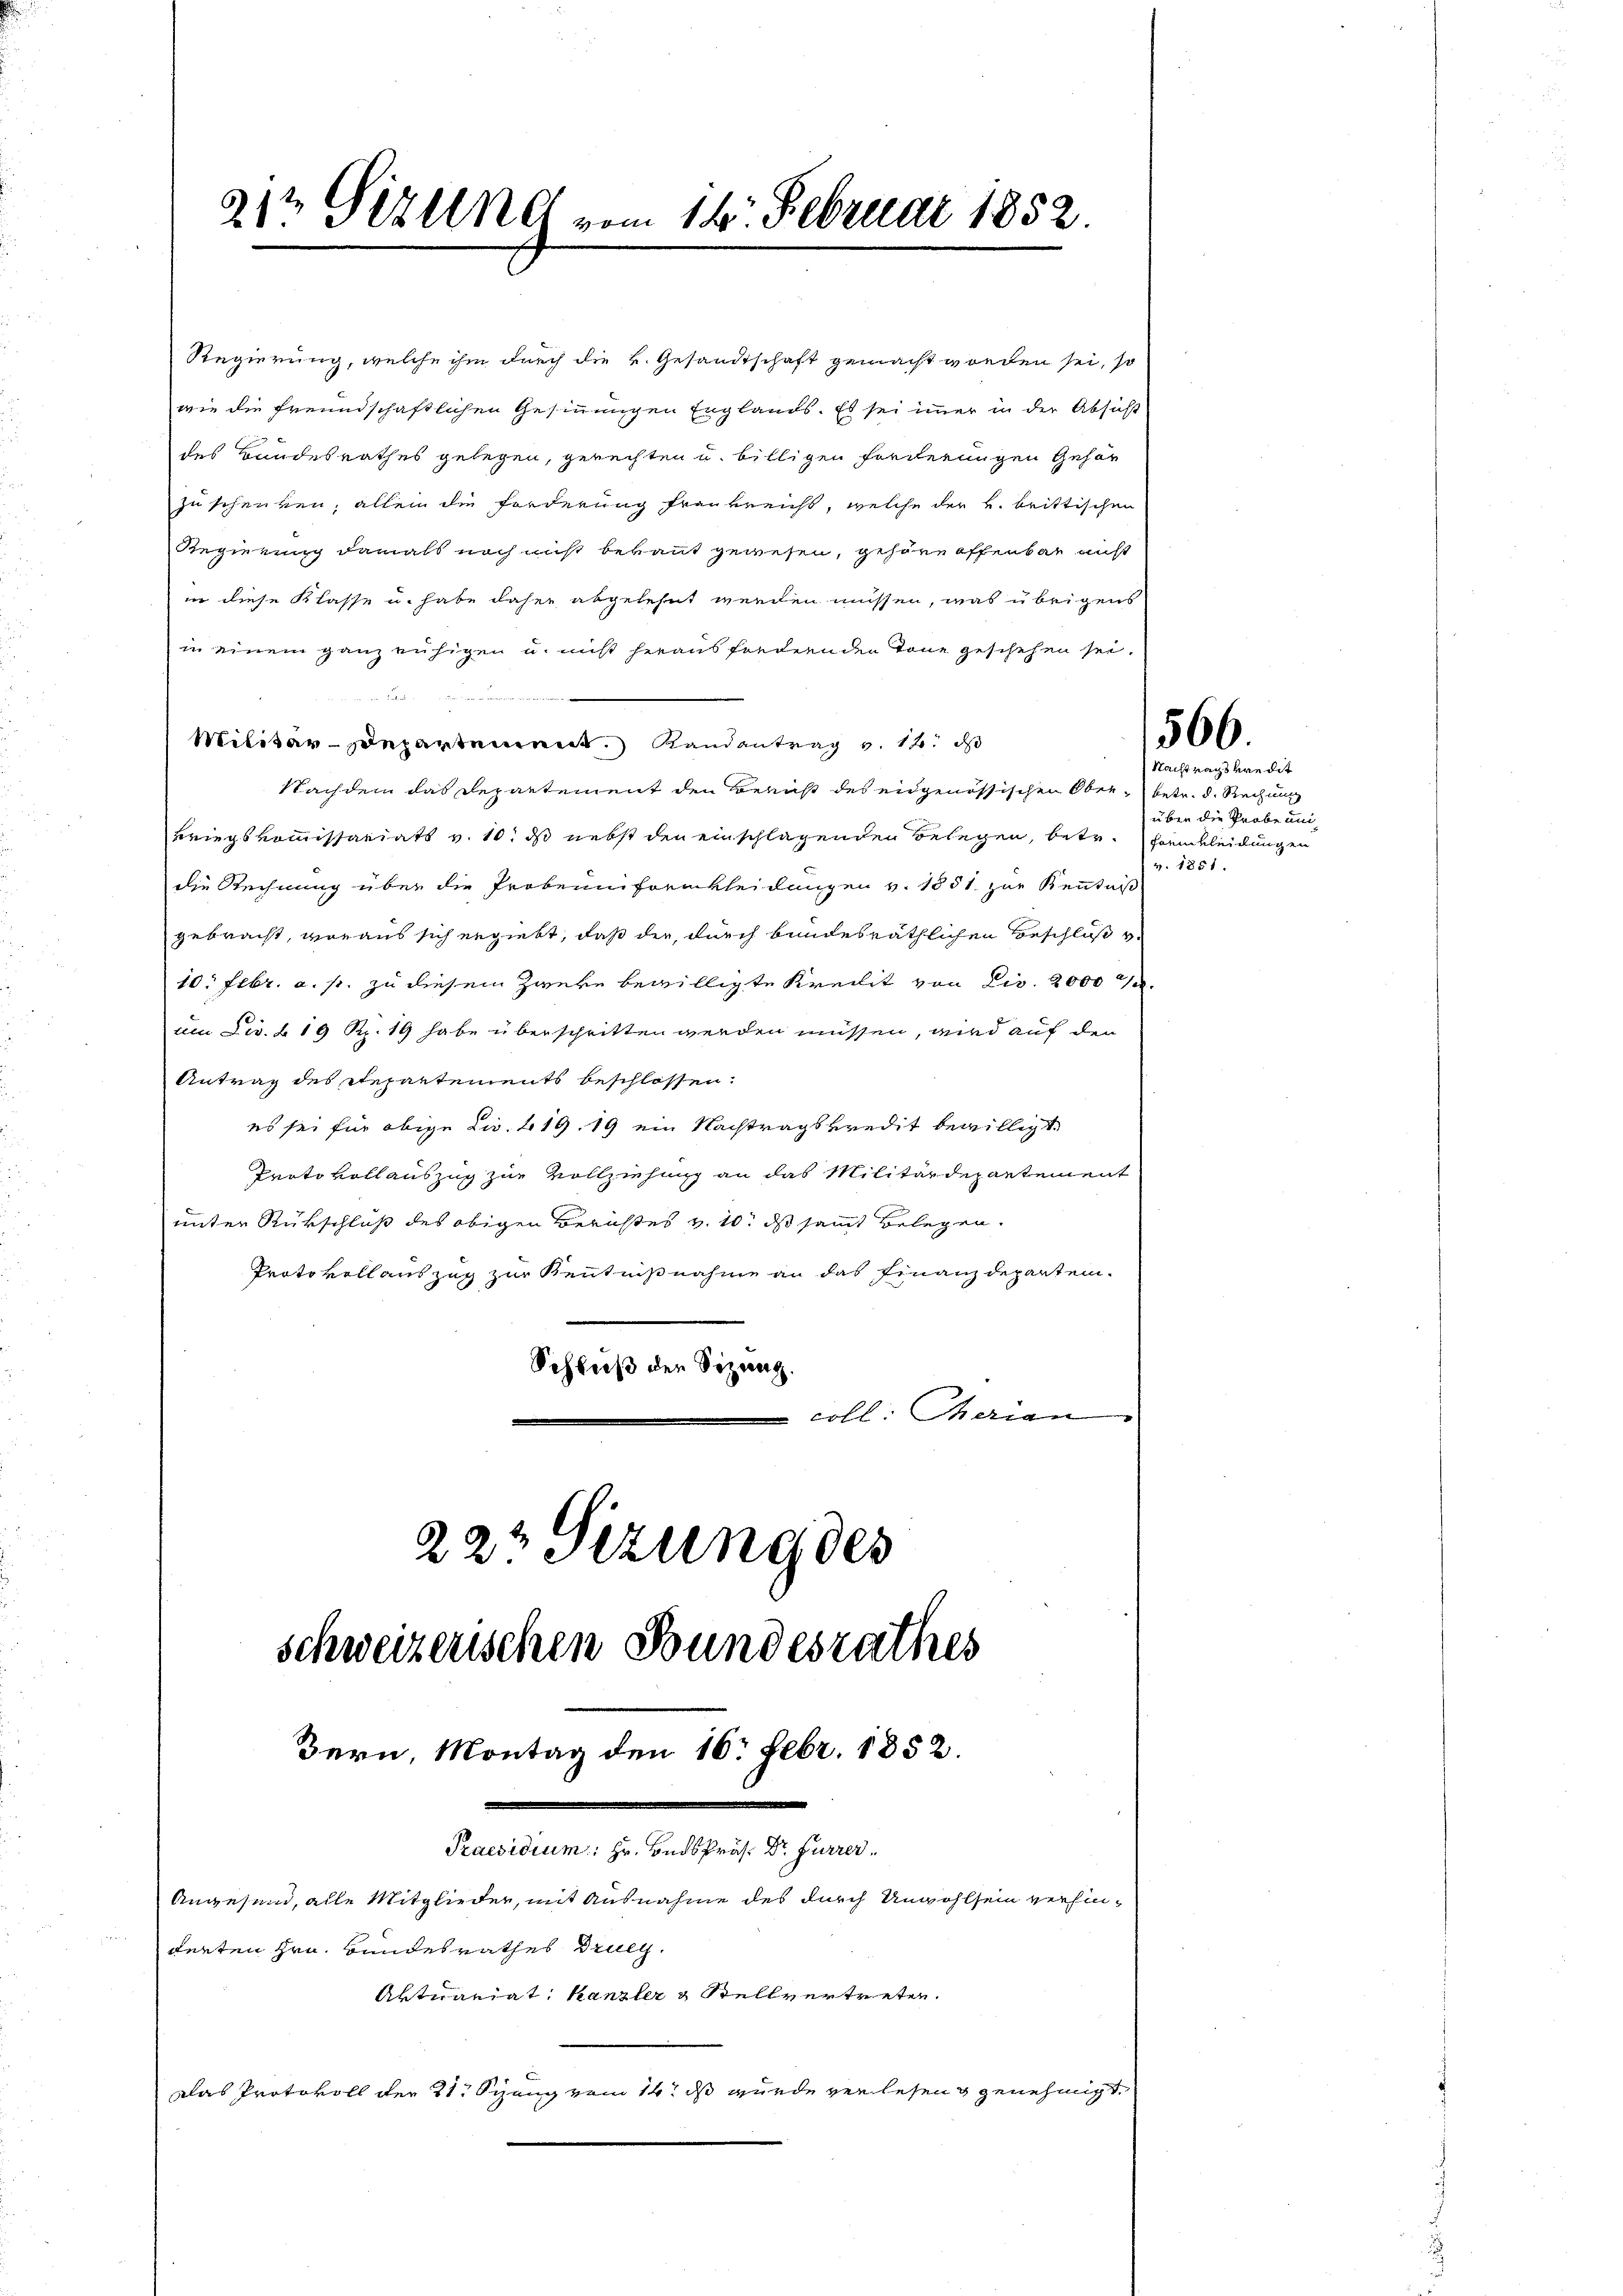
2 Pirend vom 14. Februar 1852

Regierung, welche ihm durch die k. Gesandtschaft gemacht worden sei, so
wie die freundschaftlichen Gesinnungen Englands. Es sei immer in der Absicht
des Bandesrathes gelegen, gerechten u. billigen Forderungen gehör
zu schenken, allein die Forderung frankreichs, welche der h. brittischen
Regierung damals noch nicht bebaut gewesen, gehöre offenbar nicht
in diese Klasse u. habe daher abgelehnt werden müssen, was übrigens
in einem ganz ruhigen u. nicht heraus fordernden Tone geschehen sei.
en einen
Militär-Departement Randantrag v. 12. ds
Nachdem das Departement den Bericht des eidgenössischen Ober- betr. d. Rechung
Kriegskommissariats v. 10. ds nebst den einschlagenden Belegen, betr. Horakleidungen
die Rechnung über die Probeuniformkleidungen v. 1851 zur Kenntniß
gebracht, woraus sich ergiebt, daß der, durch bundesräthlichen Beschluß v.
10. Febr. a. s. zu diesem Zweke bewilligte Kreisit von Civ. 2000
am Lis. § 19 Rp. 19 habe überschritten werden müssen, wird auf den
Antrag des Repartements beschlossen:
es sei für obige Dir. 419. 19 ein Nachtragskredit bewilligt.
Prato vollauszug zur Vollziehung an das Militärdepartement
unter Rückschluß des obigen Berichtes v. 10. ds samt belegen.
Protokoll auszug zur Kenntnißnahme an das Finanzdepartem¬
Schluß der Sitzung.
coll: Therian
.
22t Sizung des

schweizerischen Bundesrathes
Bern, Montag den 16. Febr. 1852.
Praesidium: Hr. Bads Präs. Dr. Furrer
Angesend, alle Mitglieder, mit Ausnahme des durch Unwohlsein verhinderten Hrn. Bundesrathes Druck.
Aktuariat Kanzler & Stellvertreten.
Das Protokoll der 21. Sieng vom 14t ds wurde verlesen genehmigt.

566.

Nachtrags kredit
über die Probe unv. 1851.